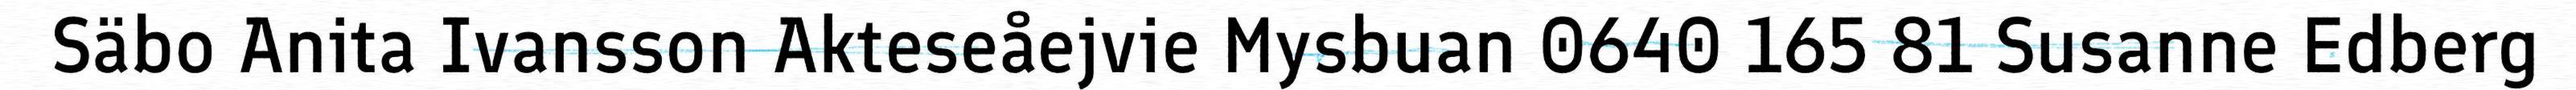
Säbo Anita Ivansson Akteseåejvie Mysbuan 0640 165 81 Susanne Edberg